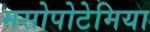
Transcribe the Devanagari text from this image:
मसोपोटेमिया